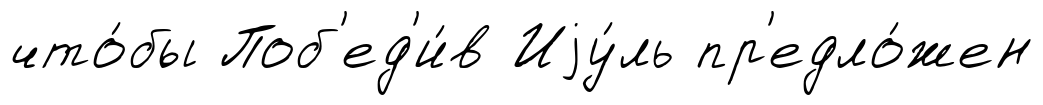
что́бы Поб'ед'и́в Иjу́ль пр'едло́жен